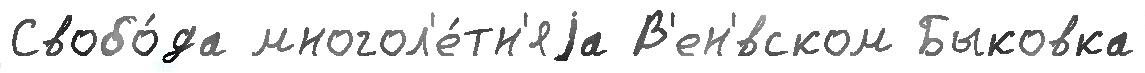
Свобо́да многол'е́тн'яjа В'ен'́вском Быковка